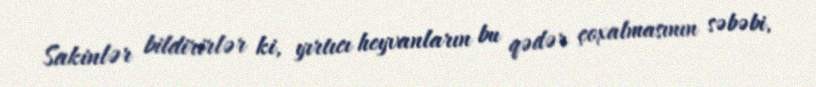
Sakinlər bildirirlər ki, yırtıcı heyvanların bu qədər çoxalmasının səbəbi,